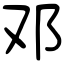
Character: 邓